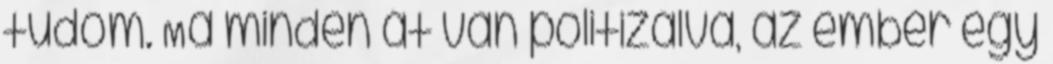
tudom. Ma minden át van politizálva, az ember egy